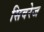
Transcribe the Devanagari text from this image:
सिवरेज